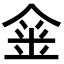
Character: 𨥄